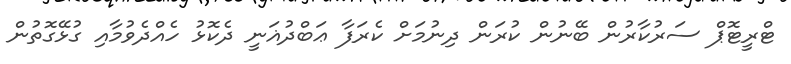
ޓްރީޓޮޕް ސަރުކާރުން ބޭނުން ކުރަން ދިނުމަށް ކެރަފާ ޢަބްދުޣަނީ ދެކޮޅު ހެއްދެވުމާއި ގުޅޭގޮތުން